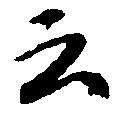
云